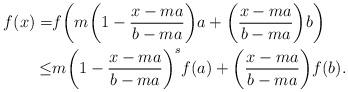
LaTeX: \begin{align*} f(x)=& f\bigg(m\bigg(1-\frac{x-ma}{b-ma}\bigg)a+\bigg(\frac{x-ma}{b-ma}\bigg)b\bigg)\\ \leq& m \bigg(1-\frac{x-ma}{b-ma}\bigg)^s f(a)+ \bigg(\frac{x-ma}{b-ma}\bigg)f(b). \end{align*}